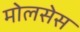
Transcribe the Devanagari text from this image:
मोलसेस